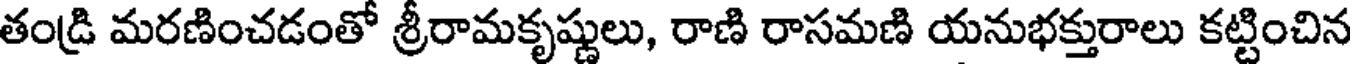
తండ్రి మరణించడంతో శ్రీరామకృష్ణులు, రాణి రాసమణి యనుభక్తురాలు కట్టించిన